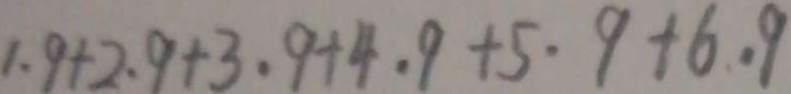
1 . 9 + 2 . 9 + 3 . 9 + 4 . 9 + 5 . 9 + 6 . 9